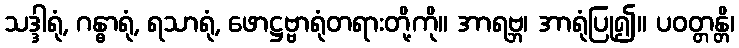
သဒ္ဒါရုံ, ဂန္ဓာရုံ, ရသာရုံ, ဖောဋ္ဌဗ္ဗာရုံတရားတို့ကို။ အာရဗ္ဘ၊ အာရုံပြု၍။ ပဝတ္တန္တိ၊